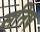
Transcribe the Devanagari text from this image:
सतिष